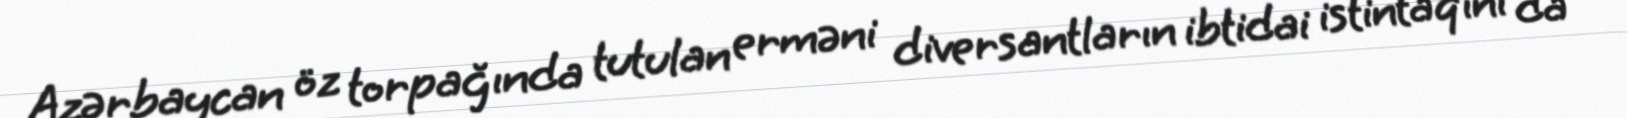
Azərbaycan öz torpağında tutulan erməni diversantların ibtidai istintaqını da